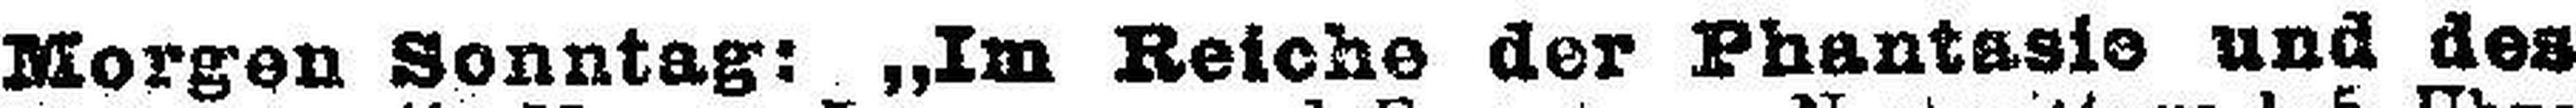
Morgen Sonntag: „Im Reiche der Phantasie und des